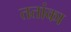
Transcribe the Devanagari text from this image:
ततांका